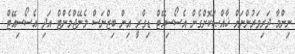
ނިންމާ ދަރިވަރުންނަށް ޚާއްޞަކޮށްގެން އެސޯސިއޭޓް ޑިގްރީ އިން ބިޒްނަސް މެނޭޖްމެންޓް އަދި އެސޯސިއޭޓް